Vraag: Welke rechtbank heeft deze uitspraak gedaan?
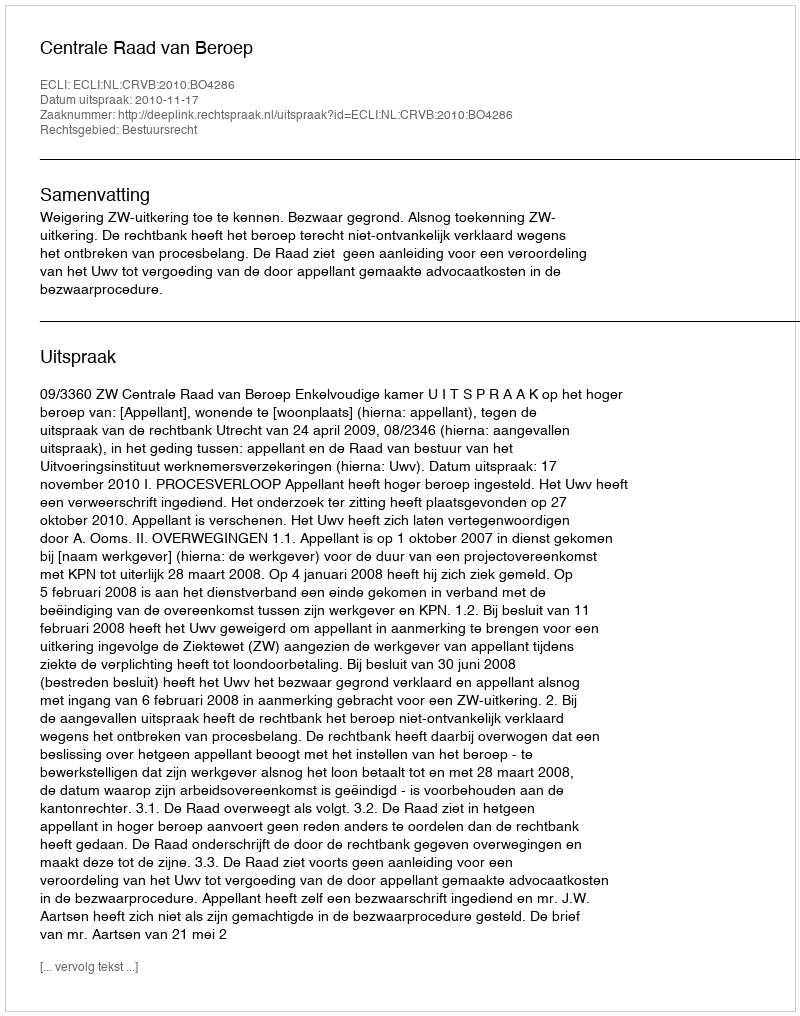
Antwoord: Centrale Raad van Beroep